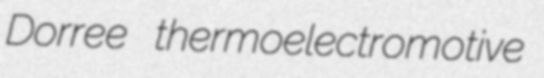
Dorree thermoelectromotive